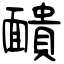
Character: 靧